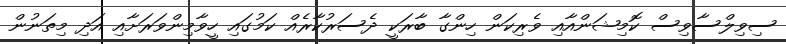
ސިވިލްސާވިސް ކޮމިޝަންއާއި ވެރިކަން ހިންގާ ބާރަކީ ދެސަރުކާރެއް ކަމުގައި ހީވާމިންވަރަށާއި އަދި މިތަނުން